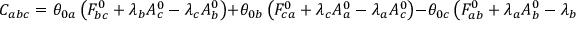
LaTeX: C _ { a b c } = \theta _ { 0 a } \left( F _ { b c } ^ { 0 } + \lambda _ { b } A _ { c } ^ { 0 } - \lambda _ { c } A _ { b } ^ { 0 } \right) + \theta _ { 0 b } \left( F _ { c a } ^ { 0 } + \lambda _ { c } A _ { a } ^ { 0 } - \lambda _ { a } A _ { c } ^ { 0 } \right) - \theta _ { 0 c } \left( F _ { a b } ^ { 0 } + \lambda _ { a } A _ { b } ^ { 0 } - \lambda _ { b } A _ { a } ^ { 0 } \right) ,